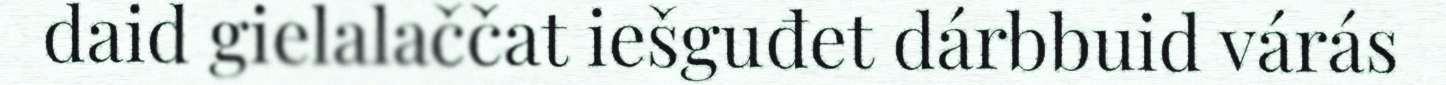
daid gielalaččat iešguđet dárbbuid várás